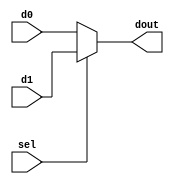
module mux_2x1_1bit(dout,d0,d1,sel);
	output dout;
	input d0,d1;
	input sel;
	assign dout = sel ? d1 : d0;
endmodule